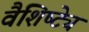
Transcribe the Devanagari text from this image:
वैशिष्‍ट्ये